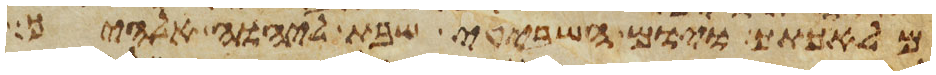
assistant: מלאכתך ויום השביעי שבת ליהוה אלהיך